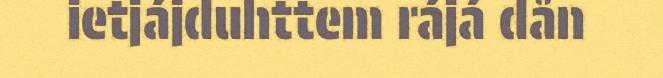
ietjájduhttem rájá dån